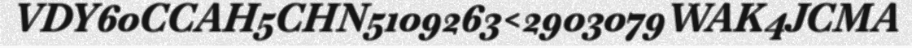
VDY60CCAH5CHN5109263<2903079WAK4JCMA